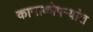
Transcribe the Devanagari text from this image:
कानाकोपऱ्यांत